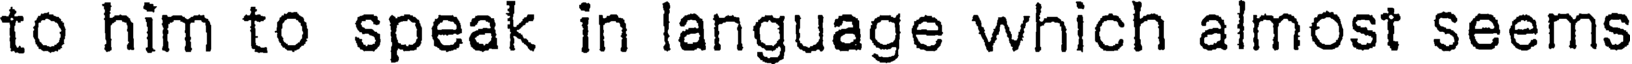
to him to speak in language which almost seems